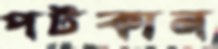
পটকান